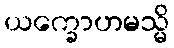
ယက္ခောဟမသ္မိ